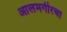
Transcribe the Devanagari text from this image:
आलमगीरचा